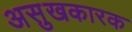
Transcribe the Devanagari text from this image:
असुखकारक